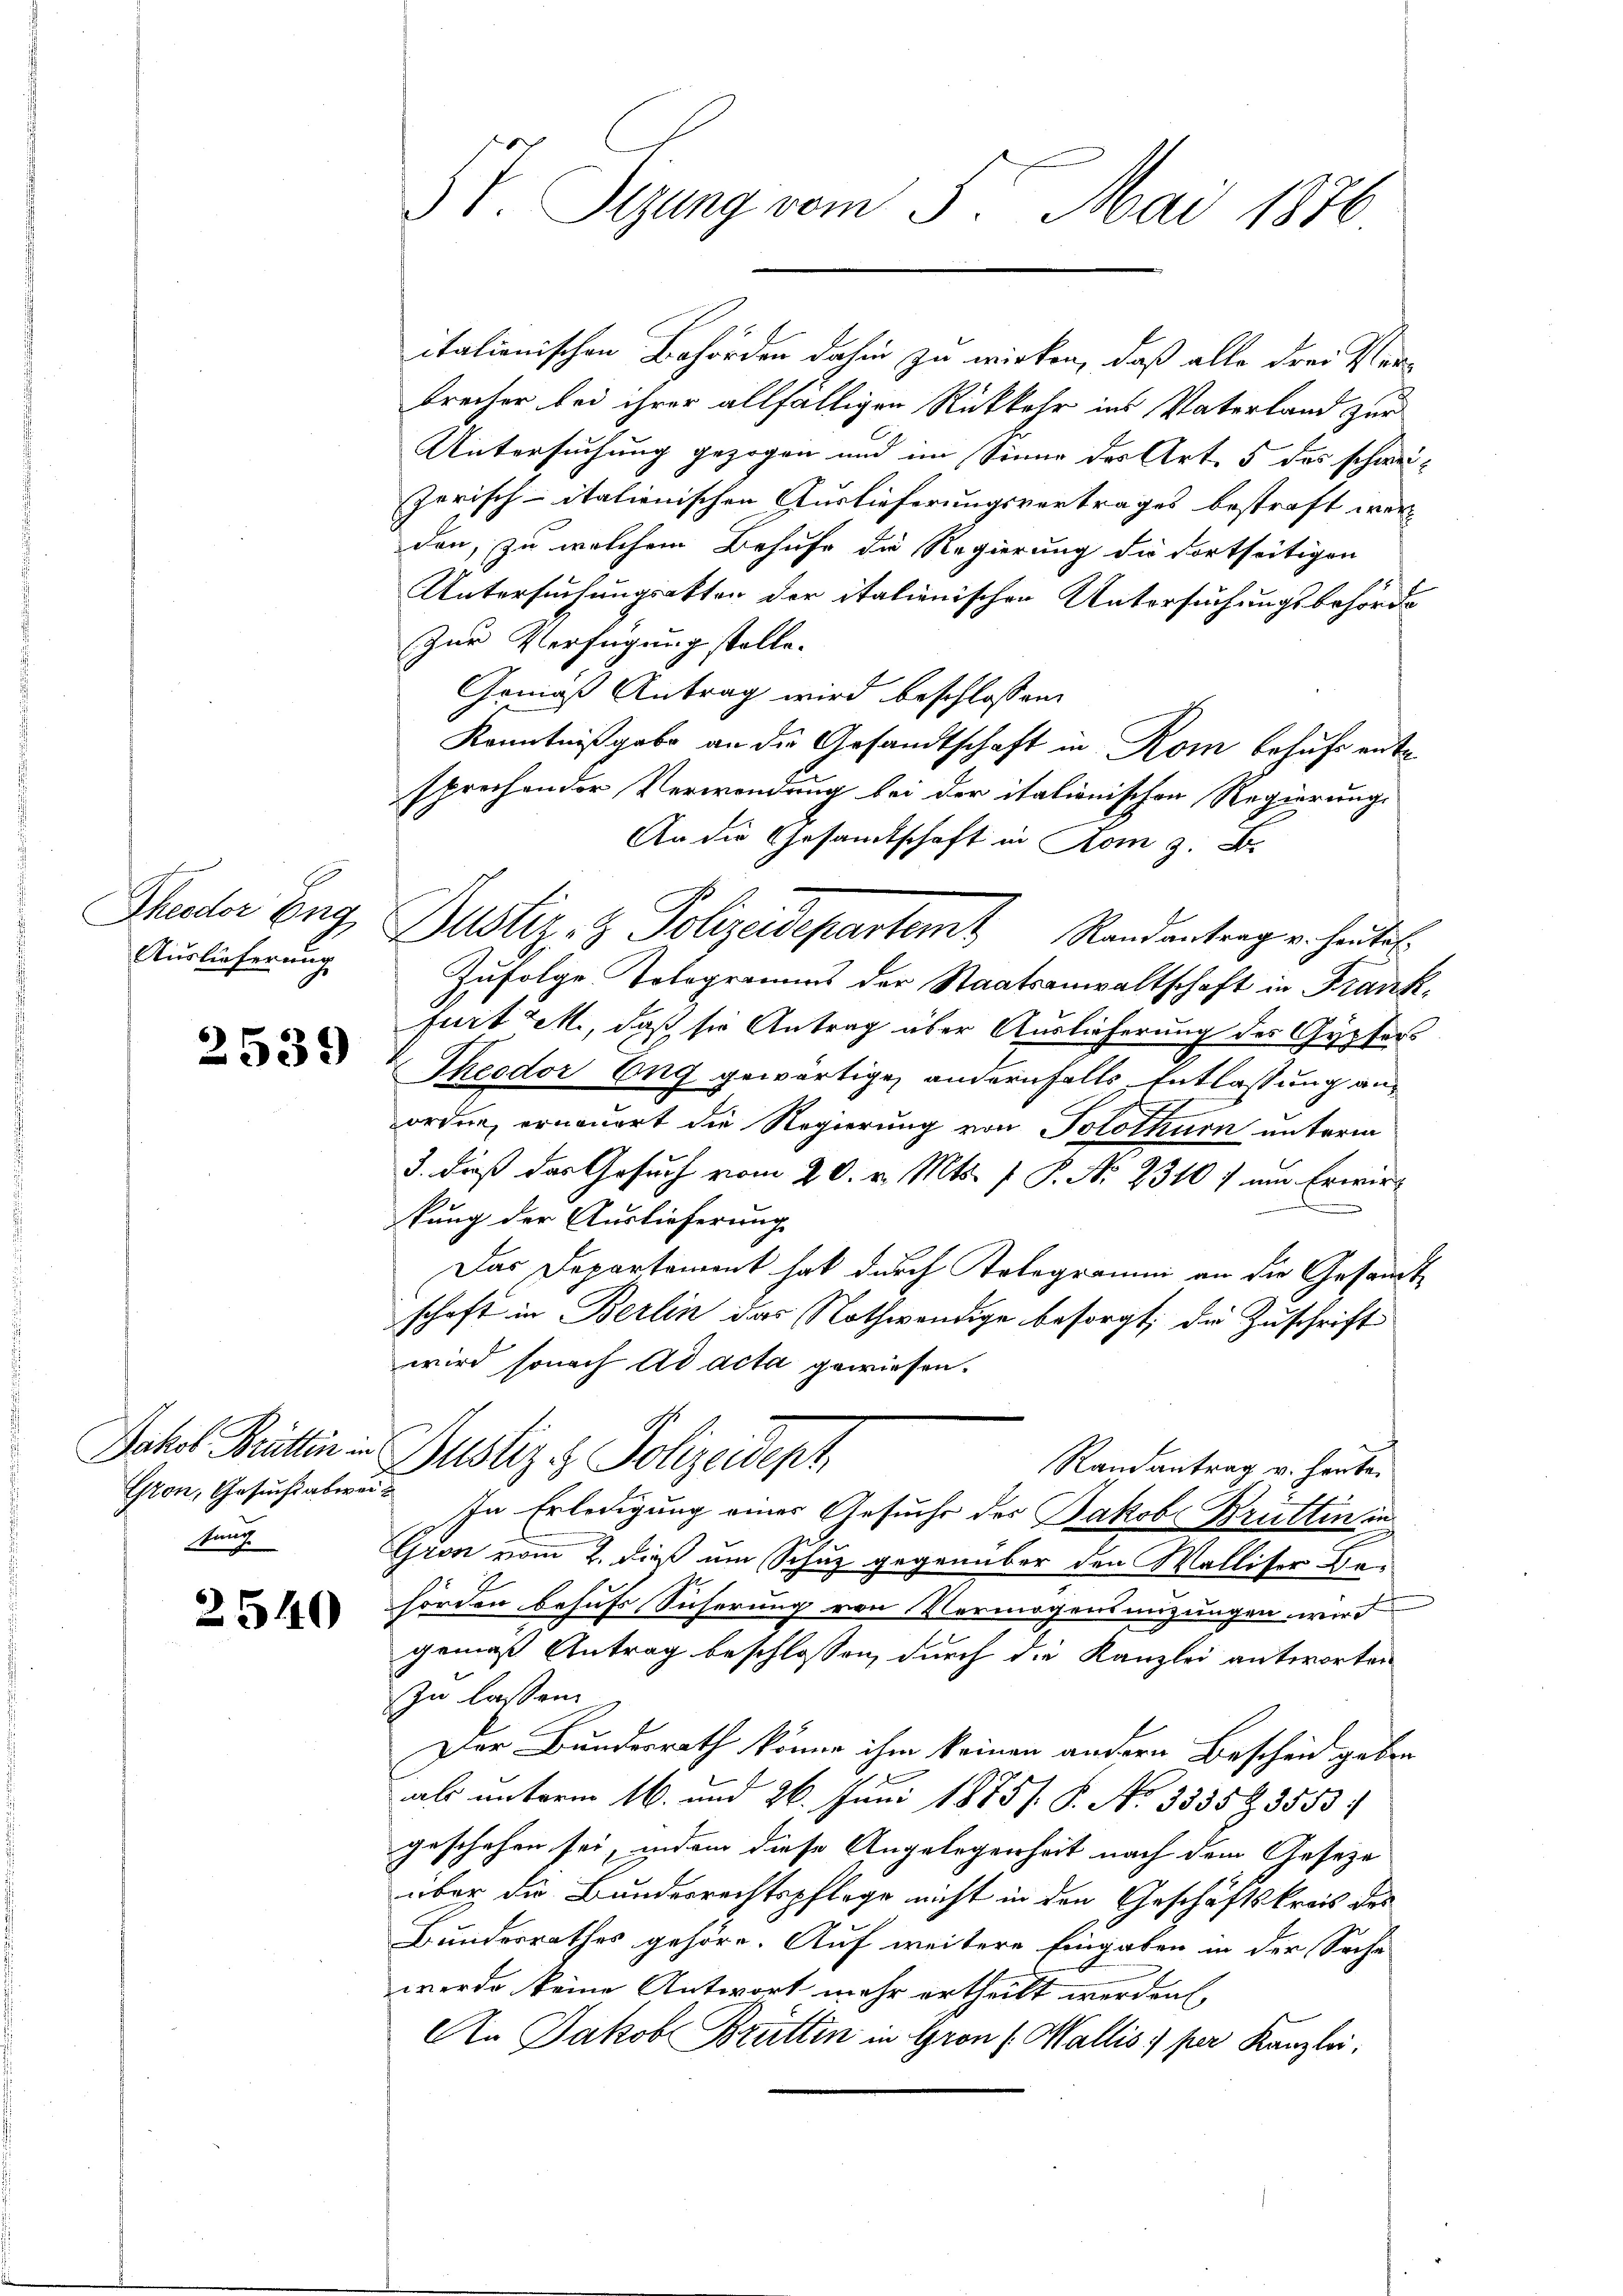
Auslieferung

2539

kant

2540

. V. Sitzung vom 3. Mai 1876

itationischen Behörden dahin zu wirken, daß alle drei Verbrecher bei ihrer allfälligen Rückkehr ins Vaterland zur
Untersuchung gezogen und im Sinne des Art. 5 das schweizerisch-italienischen Auslieferungsvertrages bestraft werden, zu welchem Behufe die Regierung die dortseitigen
Untersuchungsakten der italienischen Untersuchungsbehörde
Zur Verfügung stelle.
Gemäß Antrag wird beschlossen:
Kenntnißgabe an die Gesandtschaft in Rom behufs ente
sprechender Verwendung bei der itationischen Regierungs
An die Gesamtschaft in Rom z. B.
Thuder Eng Justiz- & Polizeidepartemt Randantrag v. heutet:
Zufolge Tologramms der Staatsanwaltschaft in Frankfurt 2., daß sie Antrag über Auslieferung des Gypters
Theodor Eng gewärtigen andernfalls Entlassung aus
ordne, erneuert die Regierung von Solothurn unterm
3. dieß das Gesuch vom 20. v. Mts. f. P. No 2310) um Erwir¬
.
kung der Auslieferung
Das Departement hat durch Kolegramm an die Gesandte
schaft in Berlin das Nothwendige besorgt; die Zuschrift
1
wird sonach ad acta gewiesen.
Jakel Britten Justiz & Polizeidept
Randantrag v. heuten
Gron, Gesucht abweis. In Erledigung einer Gesuche des Jakob Brütten in
Gron vom 2. dieß um Schuz gegenüber den Walliser Behörden behufs Sicherung von Vermögensnizungen wird
gemäß Antrag beschlossen, durch die Kanzlei antworten
zu lassen.
Der Bundesrath könne ihm keinen andern Bescheid geben
als unterm 16. und 26. Juni 1885/. P. No 3335 Z 3553.
geschehen sei, indem diese Angelegenheit nach dem Geseze
über die Bundesrechtspflege nicht in den Geschäftskreis des
Bundesrathes gehöre. Auf weitere Eingaben in der Sache
werde keine Antwort mehr ertheilt werden
An Jakob Brüttin in Gron (Wallis per Kanzlei.